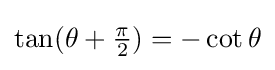
\tan(\theta +{\tfrac {\pi }{2}})=-\cot \theta